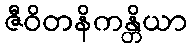
ဇီဝိတနိကန္တိယာ